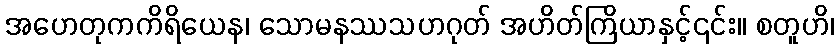
အဟေတုကကိရိယေန၊ သောမနဿသဟဂုတ် အဟိတ်ကြိယာနှင့်၎င်း။ စတူဟိ၊